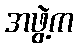
အဖွဲ့က